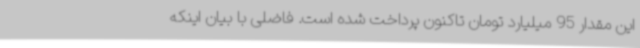
این مقدار 95 میلیارد تومان تاکنون پرداخت شده است. فاضلی با بیان اینکه